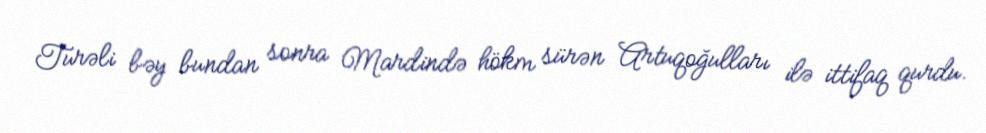
Turəli bəy bundan sonra Mardində hökm sürən Artuqoğulları ilə ittifaq qurdu.